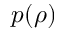
p ( \rho )